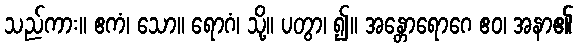
သည်ကား။ ဧကံ၊ သော။ ရောဂံ၊ သို့။ ပတွာ၊ ၍။ အန္တောရောဂေ ဧဝ၊ အနာ၏